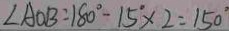
\angle A O B = 1 8 0 ^ { \circ } - 1 5 ^ { \circ } \times 2 = 1 5 0 ^ { \circ }